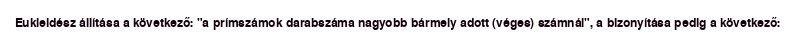
Eukleidész állítása a következő: "a prímszámok darabszáma nagyobb bármely adott (véges) számnál", a bizonyítása pedig a következő: